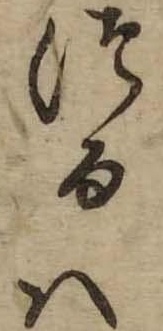
つるは